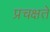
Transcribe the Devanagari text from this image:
प्रचक्षते